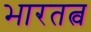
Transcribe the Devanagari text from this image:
भारतत्व